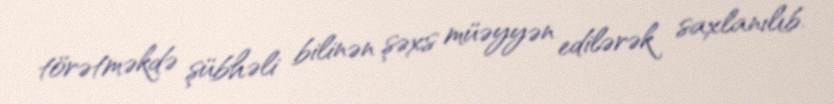
törətməkdə şübhəli bilinən şəxs müəyyən edilərək saxlanılıb.